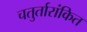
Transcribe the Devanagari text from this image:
चतुर्तारांकित